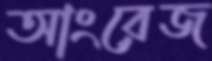
আংরেজ